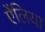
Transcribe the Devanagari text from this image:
ऐंलिया